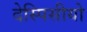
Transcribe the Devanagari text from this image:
देस्पिसीयो